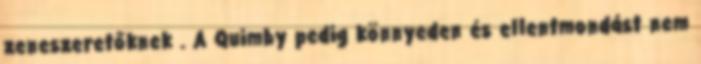
zeneszeretőknek . A Quimby pedig könnyeden és ellentmondást nem